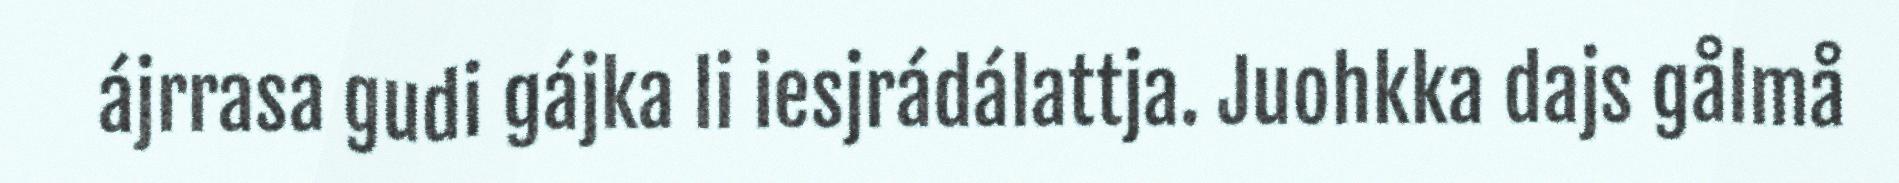
ájrrasa gudi gájka li iesjrádálattja. Juohkka dajs gålmå